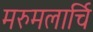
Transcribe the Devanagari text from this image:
मरुमलार्चि